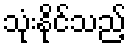
သုံးနိုင်သည့်